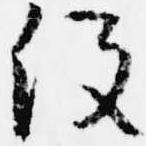
没